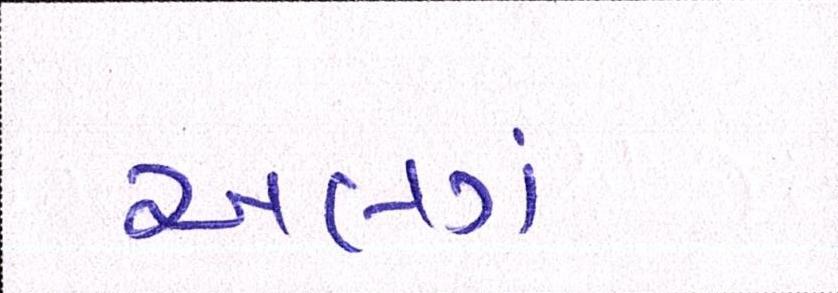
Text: અલગં